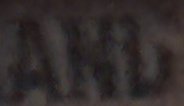
AHL